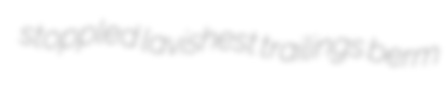
stoppled lavishest trailings berm